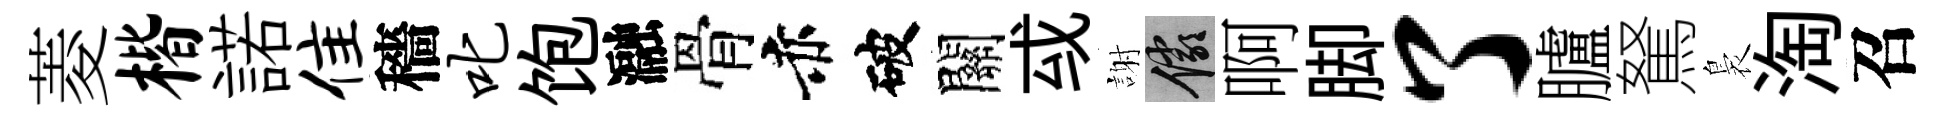
菱楷諾隹穡叱饱瀜骨赤破關㦯謝儼啊脚了臚駑裊淘召